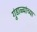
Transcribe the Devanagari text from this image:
गुंडाळ्यांच्या